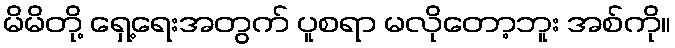
မိမိတို့ ရှေ့ရေးအတွက် ပူစရာ မလိုတော့ဘူး အစ်ကို။